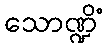
သောဏ္ဍိံ